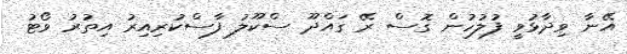
އޭނާ ވިދާޅުވީ ފުލުހުން ގޮސް ރޭ ގައްދޫ ސްކޫލު ފާސްކުރިއިރު އިތުރު ވޯޓު